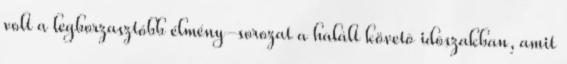
volt a legborzasztóbb élmény-sorozat a halált követõ idõszakban, amit